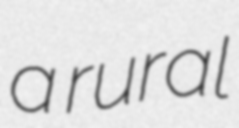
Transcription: a rural